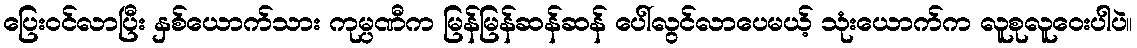
ပြေးဝင်လာပြီး နှစ်ယောက်သား ကုမ္ပဏီက မြန်မြန်ဆန်ဆန် ပေါ်လွင်လာပေမယ့် သုံးယောက်က လူစုလူဝေးပါပဲ။